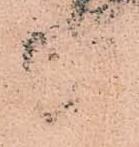
出